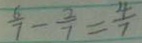
\frac { 6 } { 7 } - \frac { 2 } { 7 } = \frac { 4 } { 7 }